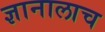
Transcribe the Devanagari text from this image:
ज्ञानालाच